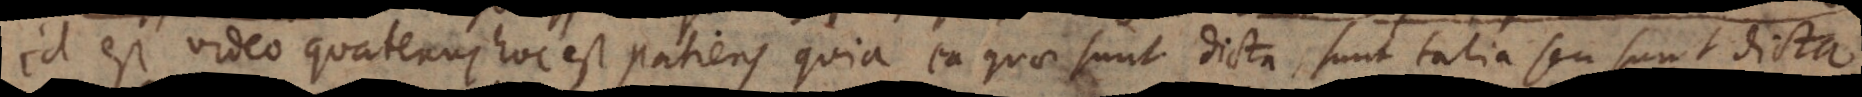
Id est video quatenus hoc est patiens quia ea quae sunt dicta sunt talia seu sunt dicta